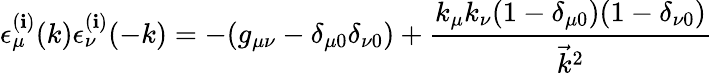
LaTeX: \epsilon_{\mu}^{(\mathbf{i})}(k)\epsilon_{\nu}^{(\mathbf{i})}(-k)=-(g_{\mu\nu}-\delta_{\mu0}\delta_{\nu0})+\frac{{k_{\mu}k_{\nu}(1-\delta_{\mu0})(1-\delta_{\nu0})}}{{\vec{{k}}^{2}}}